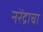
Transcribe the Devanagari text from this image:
नरेंद्राचा